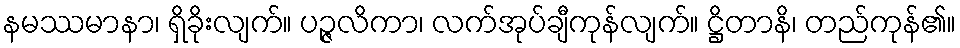
နမဿမာနာ၊ ရှိခိုးလျက်။ ပဉ္ဇလိကာ၊ လက်အုပ်ချီကုန်လျက်။ ဋ္ဌိတာနိ၊ တည်ကုန်၏။